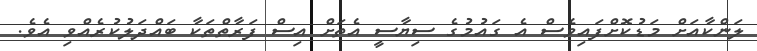
ލަންކާއަށް މަޑުކޮށްފައިވެސް އެ ގައުމުގެ ސިޔާސީ އެތަށް އިސް ފަރާތްތަކާ ބައްދަލުކުރެއްވި އެވެ.